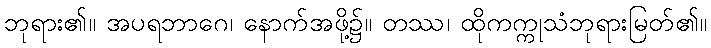
ဘုရား၏။ အပရဘာဂေ၊ နောက်အဖို့၌။ တဿ၊ ထိုကက္ကုသံဘုရားမြတ်၏။